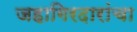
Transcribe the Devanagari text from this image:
जहागिरदारांचा